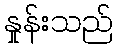
နှုန်းသည်